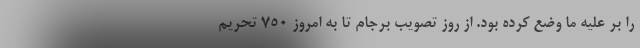
را بر علیه ما وضع کرده بود. از روز تصویب برجام تا به امروز ۷۵۰ تحریم